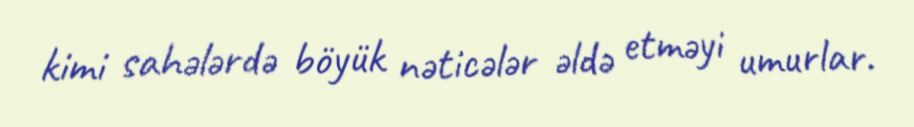
kimi sahələrdə böyük nəticələr əldə etməyi umurlar.